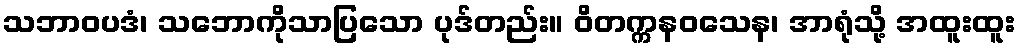
သဘာဝပဒံ၊ သဘောကိုသာပြသော ပုဒ်တည်း။ ဝိတက္ကနဝသေန၊ အာရုံသို့ အထူးထူး